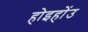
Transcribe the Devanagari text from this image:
होइहोंउ